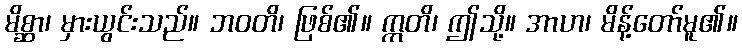
မိစ္ဆာ၊ မှားယွင်းသည်။ ဘဝတိ၊ ဖြစ်၏။ ဣတိ၊ ဤသို့။ အာဟ၊ မိန့်တော်မူ၏။